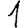
Digit: 1